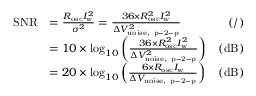
\begin{array} { r l r } { \mathrm { S N R } } & { = \frac { R _ { \mathrm { o s c } } I _ { \mathrm { w } } ^ { 2 } } { \sigma ^ { 2 } } = \frac { 3 6 \times R _ { \mathrm { o s c } } ^ { 2 } I _ { \mathrm { w } } ^ { 2 } } { \Delta V _ { \mathrm { n o i s e , ~ p - 2 - p } } ^ { 2 } } } & { ( / ) } \\ & { = 1 0 \times \mathrm { l o g } _ { 1 0 } \left( \frac { 3 6 \times R _ { \mathrm { o s c } } ^ { 2 } I _ { \mathrm { w } } ^ { 2 } } { \Delta V _ { \mathrm { n o i s e , ~ p - 2 - p } } ^ { 2 } } \right) } & { ( \mathrm { d B } ) } \\ & { = 2 0 \times \mathrm { l o g } _ { 1 0 } \left( \frac { 6 \times R _ { \mathrm { o s c } } I _ { \mathrm { w } } } { \Delta V _ { \mathrm { n o i s e , ~ p - 2 - p } } } \right) } & { ( \mathrm { d B } ) } \end{array}